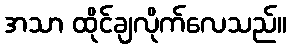
အသာ ထိုင်ချလိုက်လေသည်။